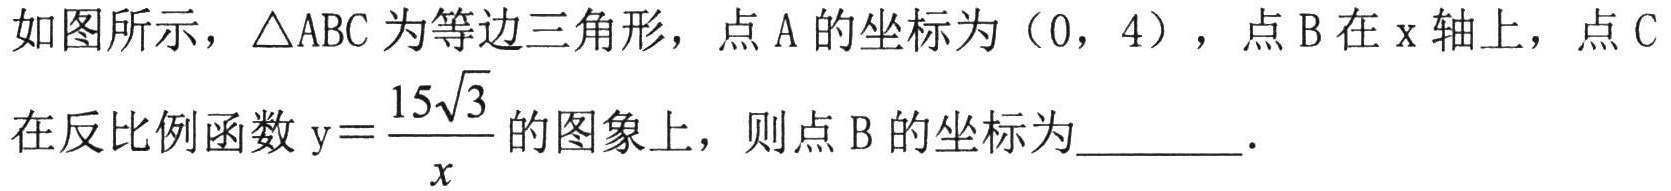
如图所示，\(\triangle ABC\)为等边三角形，点\(A\)的坐标为\((0,\ 4)\)，点\(B\)在\(x\)轴上，点\(C\)
在反比例函数\(y = \dfrac{15\sqrt{3}}{x}\)的图象上，则点\(B\)的坐标为  ．